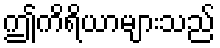
ဤကိရိယာများသည်